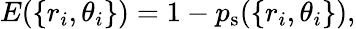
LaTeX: E(\{ r_{i},\theta_{i}\} )=1-p_{\mathrm{s}}(\{ r_{i},\theta_{i}\} ),